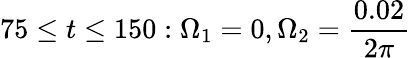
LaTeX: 75\leq t\leq 150:\Omega_{1}=0,\Omega_{2}=\frac{0.02}{2\pi}